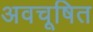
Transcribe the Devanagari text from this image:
अवचूषित